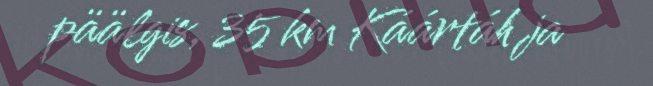
päälgis, 35 km Káártáh ja